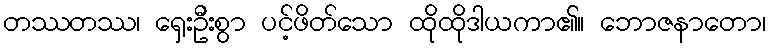
တဿတဿ၊ ရှေးဦးစွာ ပင့်ဖိတ်သော ထိုထိုဒါယကာ၏။ ဘောဇနာတော၊